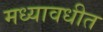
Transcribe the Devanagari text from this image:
मध्यावधीत